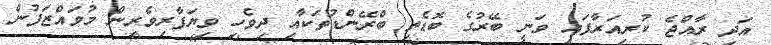
އަދި ރާއްޖެ ކުރިއަރާފައި ވަނީ ބޭރުގެ ބޮޑެތި ބްރޭންޑުތަކާއި ދިވެހި ވިޔަފާރިވެރިން މުވައްޒަފުން